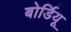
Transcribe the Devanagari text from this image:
बोर्डियू